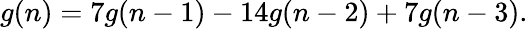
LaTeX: g(n)=7g(n-1)-14g(n-2)+7g(n-3).